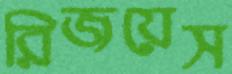
রিজয়েস